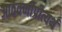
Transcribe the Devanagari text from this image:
आठवणीप्रीत्यर्थ